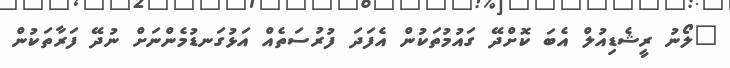
"ލޯނު ރީޝެޑިއުލް އެބަ ކޮށްދޭ ގައުމުތަކުން އެފަދަ ފުރުސަތެއް އަޅުގަނޑުމެންނަށް ނުދޭ ފަރާތަކުން